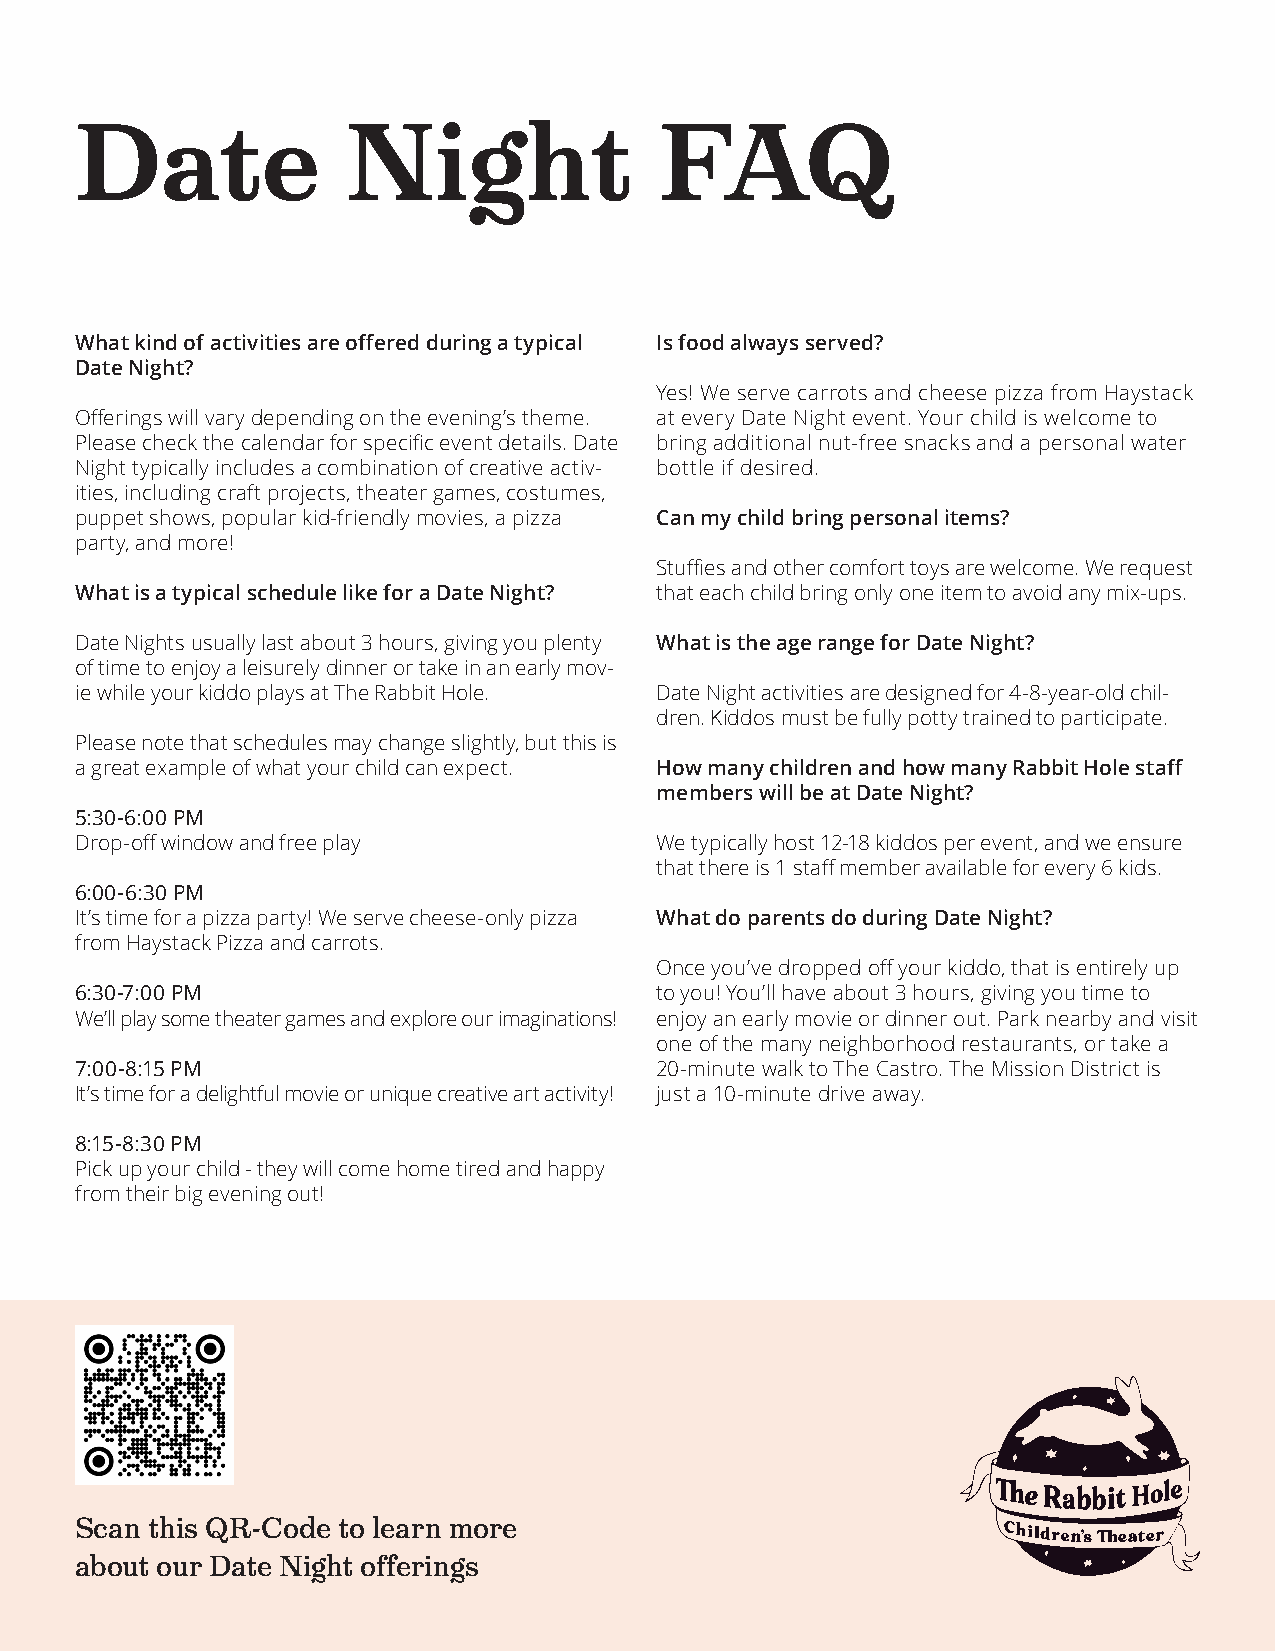
Date              Night                FAQ
 What kind of activities are offered during a typical Is food always served?
 Date Night?
 Yes! We serve carrots and cheese pizza from Haystack
 Offerings will vary depending on the evening’s theme. at every Date Night event. Your child is welcome to
 Please check the calendar for specific event details. Date bring additional nut-free snacks and a personal water
 Night typically includes a combination of creative activ- bottle if desired.
 ities, including craft projects, theater games, costumes,
 puppet shows, popular kid-friendly movies, a pizza Can my child bring personal items?
 party, and more!
 Stuffies and other comfort toys are welcome. We request
 What is a typical schedule like for a Date Night? that each child bring only one item to avoid any mix-ups.
 Date Nights usually last about 3 hours, giving you plenty What is the age range for Date Night?
 of time to enjoy a leisurely dinner or take in an early mov-
 ie while your kiddo plays at The Rabbit Hole. Date Night activities are designed for 4-8-year-old chil-
 dren. Kiddos must be fully potty trained to participate.
 Please note that schedules may change slightly, but this is
 a great example of what your child can expect. How many children and how many Rabbit Hole staff
 members will be at Date Night?
 5:30-6:00 PM
 Drop-off window and free play         We typically host 12-18 kiddos per event, and we ensure
 that there is 1 staff member available for every 6 kids.
 6:00-6:30 PM
 It’s time for a pizza party! We serve cheese-only pizza What do parents do during Date Night?
 from Haystack Pizza and carrots.
 Once you’ve dropped off your kiddo, that is entirely up
 6:30-7:00 PM                          to you! You’ll have about 3 hours, giving you time to
 We’ll play some theater games and explore our imaginations! enjoy an early movie or dinner out. Park nearby and visit
 one of the many neighborhood restaurants, or take a
 7:00-8:15 PM                          20-minute walk to The Castro. The Mission District is
 It’s time for a delightful movie or unique creative art activity! just a 10-minute drive away.
 8:15-8:30 PM
 Pick up your child - they will come home tired and happy
 from their big evening out!
 Scan this QR-Code to learn more
 about our Date Night offerings